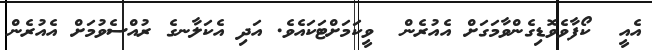
އެއީ  ކޯފާވެވޮޑިގެންވާމަގަށް އެއުރެން  ވީކަމަށްޓަކައެވެ. އަދި އެކަލާނގެ ރުއްސެވުމަށް އެއުރެން